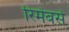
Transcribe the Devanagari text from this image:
रिमेंबर्स